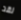
لقد